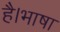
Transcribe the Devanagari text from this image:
है।भाषा